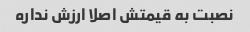
نصبت به قیمتش اصلا ارزش نداره